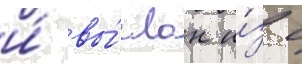
и́ вы́слан и́з с